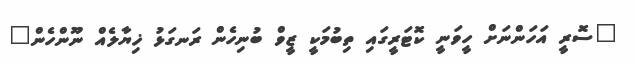
"ސޮރީ އަހަންނަށް ހީވަނީ ކޮޓަރީގައި ތިބުމަކީ ޒީވް ބުނިހެން ރަނގަޅު ޚިޔާލެއް ނޫންހެން"